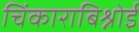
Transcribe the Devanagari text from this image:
चिंकाराबिश्नोई